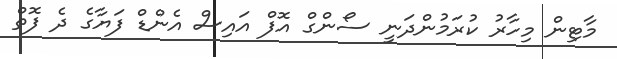
މާޓިން މިހާރު ކުރަމުންދަނީ ސޯންގް އޮފް އައިސް އެންޑް ފަޔާގެ ދެ ފޮތް